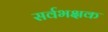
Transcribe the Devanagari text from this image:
सर्वभक्षक